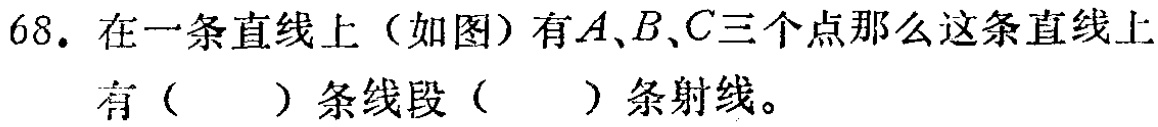
68. 在一条直线上（如图）有\(A\)、\(B\)、\(C\)三个点那么这条直线上有（  ）条线段（  ）条射线。